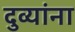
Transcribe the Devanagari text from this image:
दुव्यांना